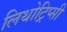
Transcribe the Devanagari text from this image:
लिथोट्रिप्सी